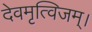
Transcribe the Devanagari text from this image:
देवमृत्विजम्‌।